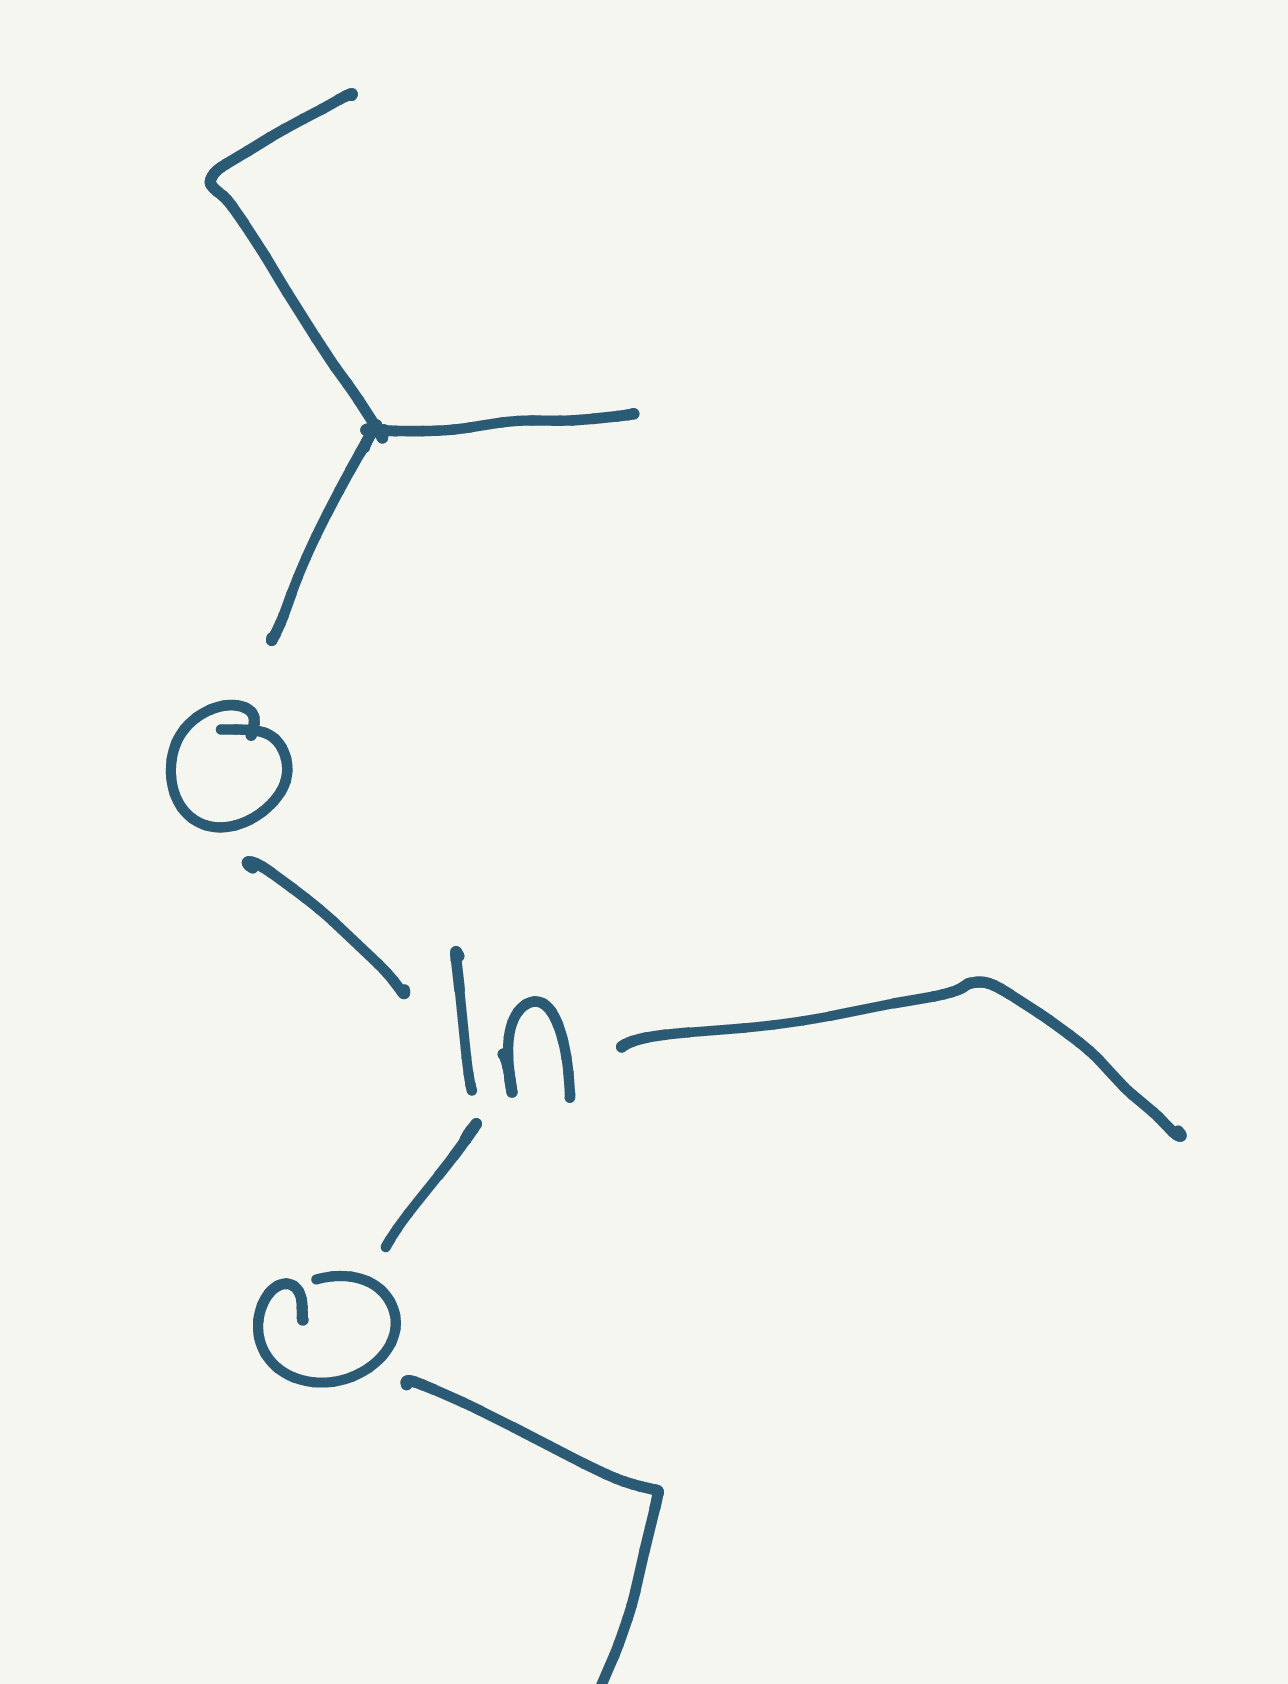
Simplified molecular-input line-entry system (SMILES) notation of the given molecule:
CCC(C)O[In](CC)OCC